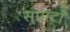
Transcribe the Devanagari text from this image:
सम्राटाँ